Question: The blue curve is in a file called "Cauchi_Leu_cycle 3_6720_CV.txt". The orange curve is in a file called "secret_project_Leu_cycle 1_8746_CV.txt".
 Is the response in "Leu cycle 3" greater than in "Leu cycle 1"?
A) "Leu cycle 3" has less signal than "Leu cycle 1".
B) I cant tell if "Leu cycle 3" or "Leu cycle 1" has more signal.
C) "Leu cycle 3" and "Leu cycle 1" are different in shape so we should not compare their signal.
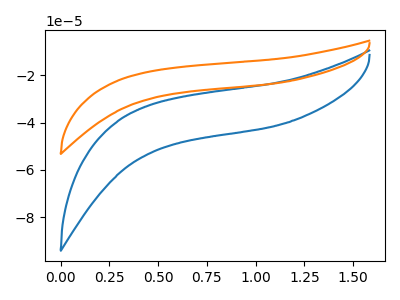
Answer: <think>The blue curve "Leu cycle 3" has no peaks. The orange curve "Leu cycle 1" has no peaks.
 Neither "Leu cycle 3" or "Leu cycle 1" have any peaks.</think>
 <answer>B) I cant tell if "Leu cycle 3" or "Leu cycle 1" has more signal.</answer>
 <eval>B</eval>